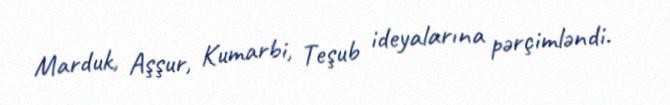
Marduk, Aşşur, Kumarbi, Teşub ideyalarına pərçimləndi.